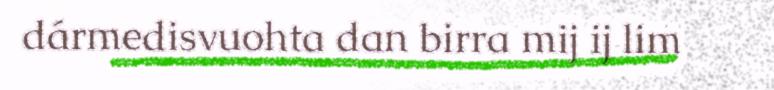
dármedisvuohta dan birra mij ij lim